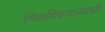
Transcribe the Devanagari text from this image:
मिळविण्याआधी